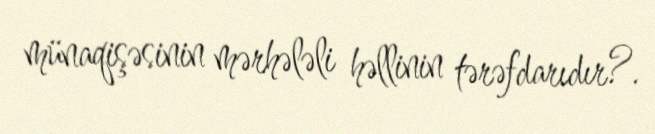
münaqişəsinin mərhələli həllinin tərəfdarıdır?.